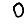
Digit: 0